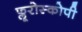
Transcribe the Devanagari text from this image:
फ्लूरोस्कोपी